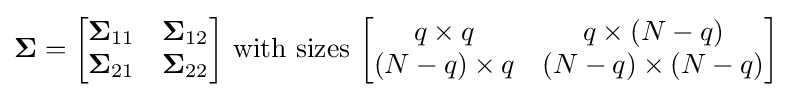
{\boldsymbol {\Sigma }}={\begin{bmatrix}{\boldsymbol {\Sigma }}_{11}&{\boldsymbol {\Sigma }}_{12}\\{\boldsymbol {\Sigma }}_{21}&{\boldsymbol {\Sigma }}_{22}\end{bmatrix}}{\text{ with sizes }}{\begin{bmatrix}q\times q&q\times (N-q)\\(N-q)\times q&(N-q)\times (N-q)\end{bmatrix}}